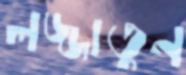
লজ্জাতুন